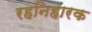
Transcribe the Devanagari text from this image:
रहनिहारक